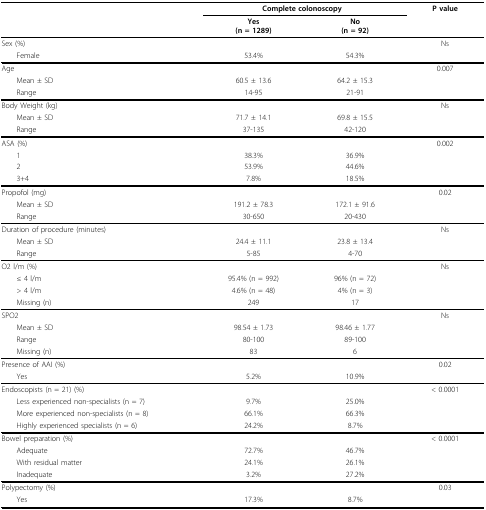
<table><thead><tr><td></td><td colspan="2"><b>Complete colonoscopy</b></td><td><b>P value</b></td></tr><tr><td></td><td><b>Yes(n = 1289)</b></td><td><b>No(n = 92)</b></td><td></td></tr></thead><tbody><tr><td>Sex (%)</td><td></td><td></td><td>Ns</td></tr><tr><td> Female</td><td>53.4%</td><td>54.3%</td><td></td></tr><tr><td>Age</td><td></td><td></td><td>0.007</td></tr><tr><td> Mean ± SD</td><td>60.5 ± 13.6</td><td>64.2 ± 15.3</td><td></td></tr><tr><td> Range</td><td>14-95</td><td>21-91</td><td></td></tr><tr><td>Body Weight (kg)</td><td></td><td></td><td>Ns</td></tr><tr><td> Mean ± SD</td><td>71.7 ± 14.1</td><td>69.8 ± 15.5</td><td></td></tr><tr><td> Range</td><td>37-135</td><td>42-120</td><td></td></tr><tr><td>ASA (%)</td><td></td><td></td><td>0.002</td></tr><tr><td> 1</td><td>38.3%</td><td>36.9%</td><td></td></tr><tr><td> 2</td><td>53.9%</td><td>44.6%</td><td></td></tr><tr><td> 3+4</td><td>7.8%</td><td>18.5%</td><td></td></tr><tr><td>Propofol (mg)</td><td></td><td></td><td>0.02</td></tr><tr><td> Mean ± SD</td><td>191.2 ± 78.3</td><td>172.1 ± 91.6</td><td></td></tr><tr><td> Range</td><td>30-650</td><td>20-430</td><td></td></tr><tr><td>Duration of procedure (minutes)</td><td></td><td></td><td>Ns</td></tr><tr><td> Mean ± SD</td><td>24.4 ± 11.1</td><td>23.8 ± 13.4</td><td></td></tr><tr><td> Range</td><td>5-85</td><td>4-70</td><td></td></tr><tr><td>O2 l/m (%)</td><td></td><td></td><td>Ns</td></tr><tr><td> ≤ 4 l/m</td><td>95.4% (n = 992)</td><td>96% (n = 72)</td><td></td></tr><tr><td> &gt; 4 l/m</td><td>4.6% (n = 48)</td><td>4% (n = 3)</td><td></td></tr><tr><td> Missing (n)</td><td>249</td><td>17</td><td></td></tr><tr><td>SPO2</td><td></td><td></td><td>Ns</td></tr><tr><td> Mean ± SD</td><td>98.54 ± 1.73</td><td>98.46 ± 1.77</td><td></td></tr><tr><td> Range</td><td>80-100</td><td>89-100</td><td></td></tr><tr><td> Missing (n)</td><td>83</td><td>6</td><td></td></tr><tr><td>Presence of AAI (%)</td><td></td><td></td><td>0.02</td></tr><tr><td> Yes</td><td>5.2%</td><td>10.9%</td><td></td></tr><tr><td>Endoscopists (n = 21) (%)</td><td></td><td></td><td>&lt; 0.0001</td></tr><tr><td> Less experienced non-specialists (n = 7)</td><td>9.7%</td><td>25.0%</td><td></td></tr><tr><td> More experienced non-specialists (n = 8)</td><td>66.1%</td><td>66.3%</td><td></td></tr><tr><td> Highly experienced specialists (n = 6)</td><td>24.2%</td><td>8.7%</td><td></td></tr><tr><td>Bowel preparation (%)</td><td></td><td></td><td>&lt; 0.0001</td></tr><tr><td> Adequate</td><td>72.7%</td><td>46.7%</td><td></td></tr><tr><td> With residual matter</td><td>24.1%</td><td>26.1%</td><td></td></tr><tr><td> Inadequate</td><td>3.2%</td><td>27.2%</td><td></td></tr><tr><td>Polypectomy (%)</td><td></td><td></td><td>0.03</td></tr><tr><td> Yes</td><td>17.3%</td><td>8.7%</td><td></td></tr></tbody></table>